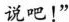
说吧！"